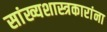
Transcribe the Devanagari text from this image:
सांख्यशास्त्रकारांना